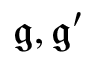
{ \mathfrak { g } } , { \mathfrak { g } } ^ { \prime }